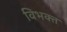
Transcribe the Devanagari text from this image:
विभक्त्त